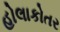
હોલાકોતર